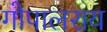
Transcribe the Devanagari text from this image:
गोपालराय